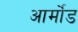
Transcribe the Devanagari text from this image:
आर्मोंड